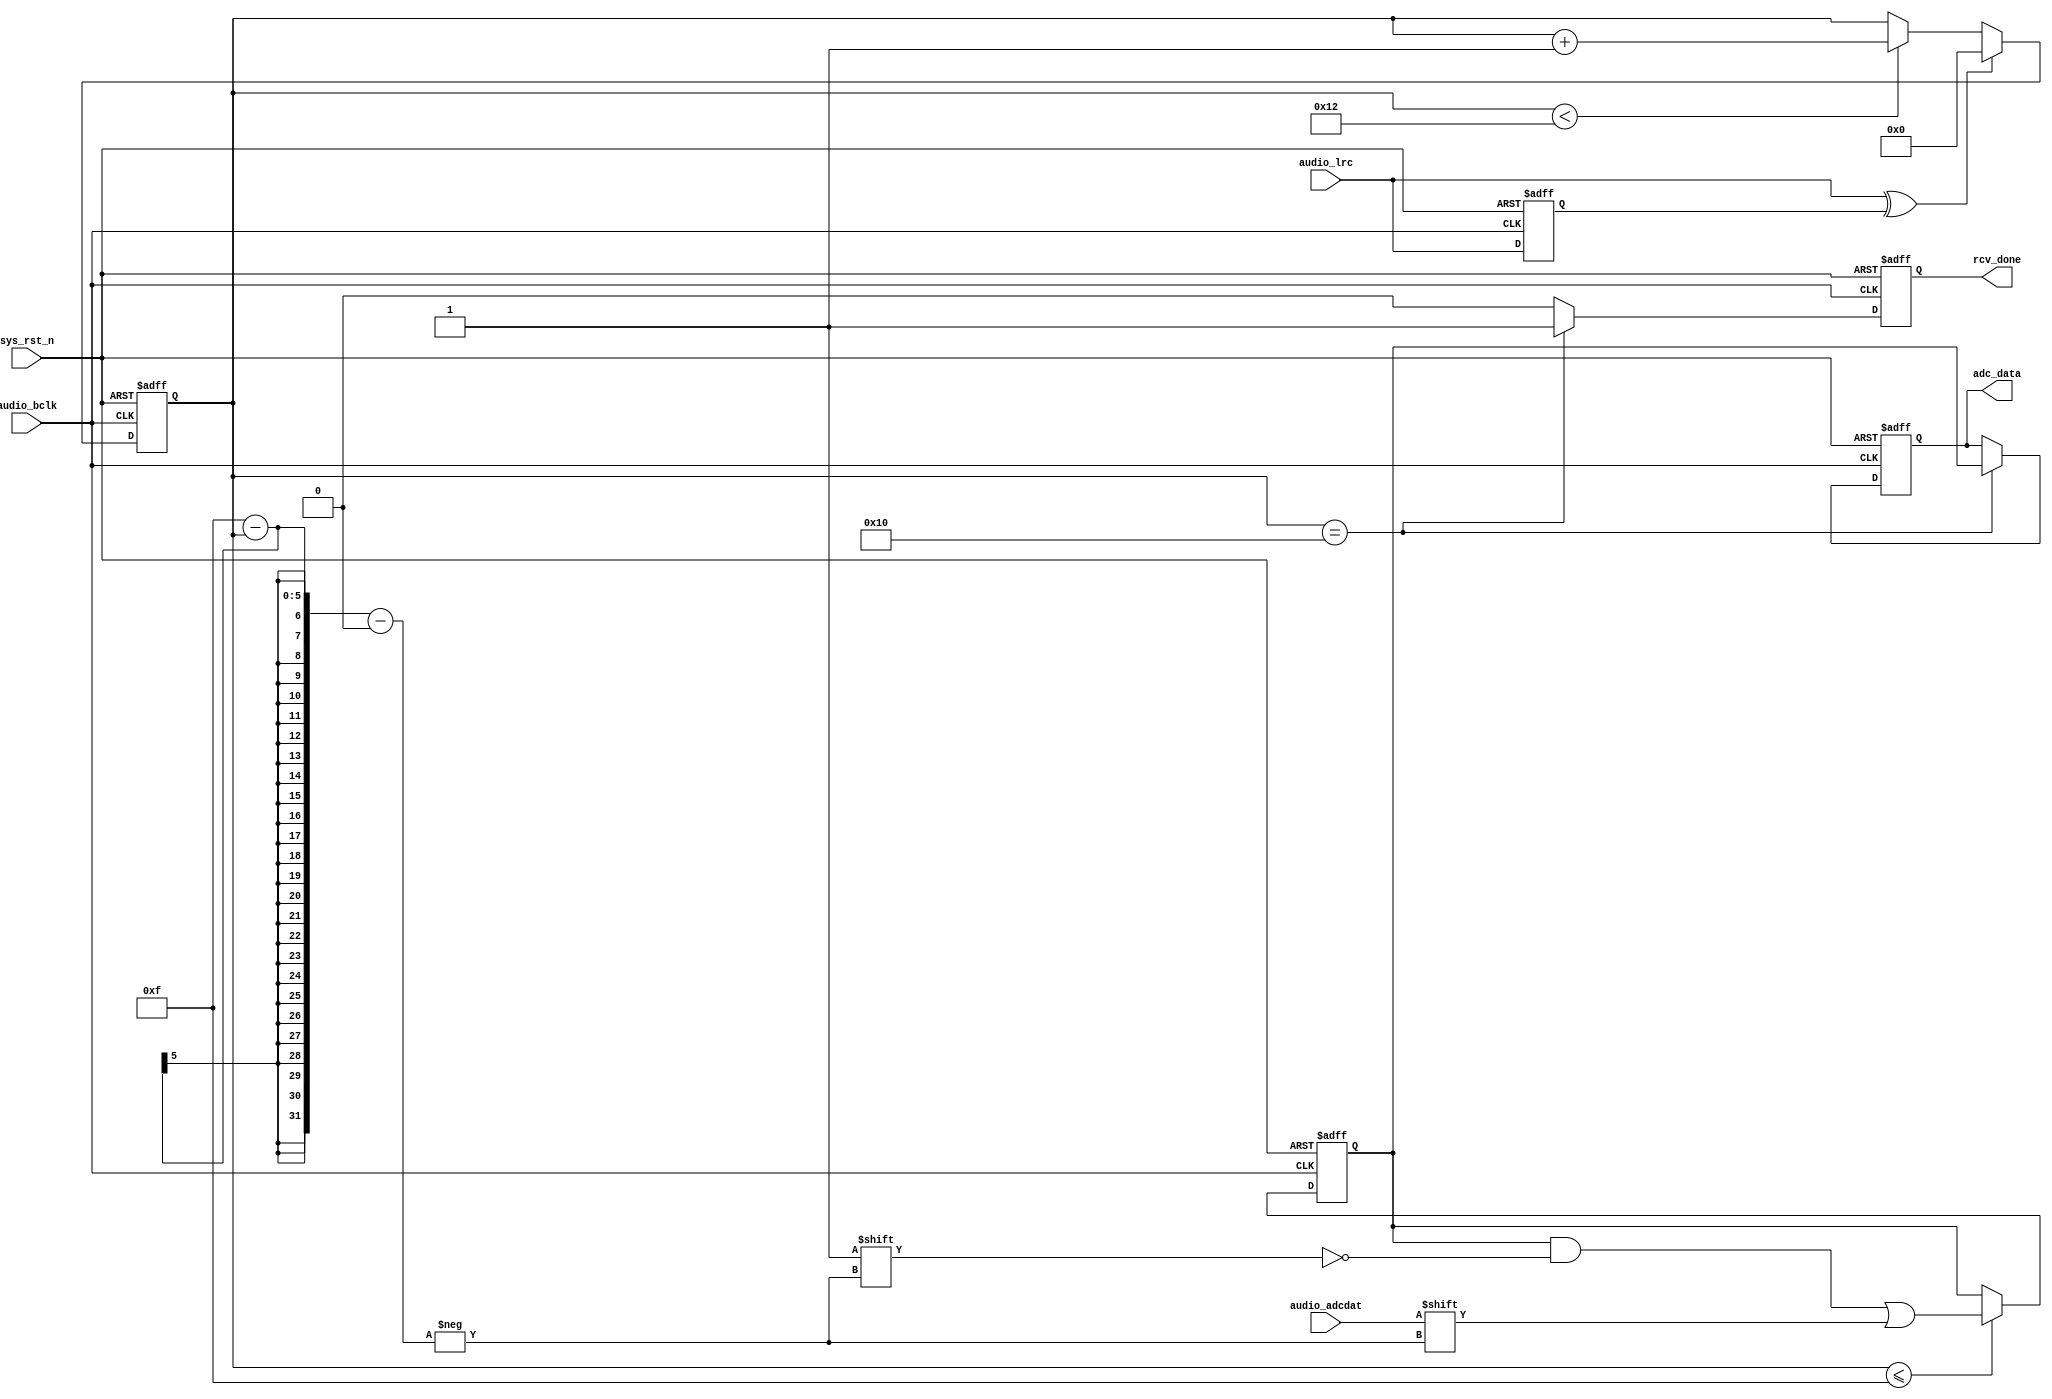
`timescale  1ns/1ns
////////////////////////////////////////////////////////////////////////
// Module Name   : audio_rcv
// Project Name  : audio_record
// Target Devices: Altera EP4CE10F17C8N
// Tool Versions : Quartus 13.0
// Description   : 
// 
// Revision      : V1.0
// Additional Comments:
// 
// : _Pro_FPGA
//     : http://www.embedfire.com
//     : http://www.firebbs.cn
//     : https://fire-stm32.taobao.com
////////////////////////////////////////////////////////////////////////

module  audio_rcv
(
    input   wire        audio_bclk    ,   //WM8978
    input   wire        sys_rst_n     ,   //
    input   wire        audio_lrc     ,   //WM8978/
    input   wire        audio_adcdat  ,   //WM8978ADC

    output  reg [15:0]  adc_data      ,   //
    output  reg         rcv_done          //

);

//********************************************************************//
//****************** Parameter and Internal Signal *******************//
//********************************************************************//

//reg   define
reg             audio_lrc_d1;   //
reg     [4:0]   adcdat_cnt  ;   //WM8978ADC
reg     [15:0]  data_reg    ;   //adc_data

//wire  define
wire            lrc_edge    ;   //

//********************************************************************//
//***************************** Main Code ****************************//
//********************************************************************//

//
assign  lrc_edge    =   audio_lrc   ^   audio_lrc_d1;

//audio_lrc
always@(posedge audio_bclk  or  negedge sys_rst_n)
    if(sys_rst_n == 1'b0)
        audio_lrc_d1    <=  1'b0;
    else
        audio_lrc_d1    <=  audio_lrc;

//adcdat_cnt:
always@(posedge audio_bclk  or  negedge sys_rst_n)
    if(sys_rst_n == 1'b0)
        adcdat_cnt    <=  5'b0;
    else    if(lrc_edge == 1'b1)
        adcdat_cnt    <=  5'b0;
    else    if(adcdat_cnt < 5'd18)
        adcdat_cnt  <=  adcdat_cnt + 1'b1;
    else
        adcdat_cnt  <=  adcdat_cnt;

//WM8978ADCdata_reg24
always@(posedge audio_bclk  or  negedge sys_rst_n)
    if(sys_rst_n == 1'b0)
        data_reg    <=  16'b0;
    else    if(adcdat_cnt <= 5'd15)
        data_reg[15-adcdat_cnt] <=  audio_adcdat;
    else
        data_reg    <=  data_reg;

//adc_data
always@(posedge audio_bclk  or  negedge sys_rst_n)
    if(sys_rst_n == 1'b0)
        adc_data    <=  16'b0;
    else    if(adcdat_cnt == 5'd16)
        adc_data    <=  data_reg;
    else
        adc_data    <=  adc_data;

//
always@(posedge audio_bclk  or  negedge sys_rst_n)
    if(sys_rst_n == 1'b0)
        rcv_done    <=  1'b0;
    else    if(adcdat_cnt == 5'd16)
        rcv_done    <=  1'b1;
    else
        rcv_done    <=  1'b0;

endmodule